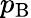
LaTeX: p_{\mathrm{{B}}}